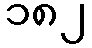
၁၈၂